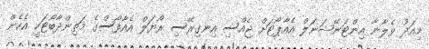
މިއަދު ވެލާނާ އިންޓަނޭޝަނަލް އެއާޕޯޓަށް ޖެއްސި އިނގިރޭސި ރޯޔަލް އެއާފޯސްގެ މަތިންދާބޯޓަކީ އެހެން